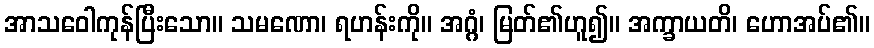
အာသဝေါကုန်ပြီးသော။ သမဏော၊ ရဟန်းကို။ အဂ္ဂံ၊ မြတ်၏ဟူ၍။ အက္ခာယတိ၊ ဟောအပ်၏။